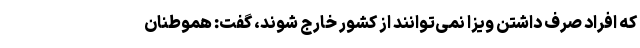
که افراد صرف داشتن ویزا نمی‌توانند از کشور خارج شوند، گفت: هموطنان